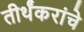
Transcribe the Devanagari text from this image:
तीर्थंकरांचे